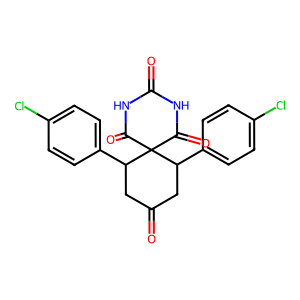
SMILES: O=C1CC(c2ccc(Cl)cc2)C2(C(=O)NC(=O)NC2=O)C(c2ccc(Cl)cc2)C1
Inhibits HIV replication: No